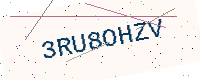
Text: 3RU8OHZV